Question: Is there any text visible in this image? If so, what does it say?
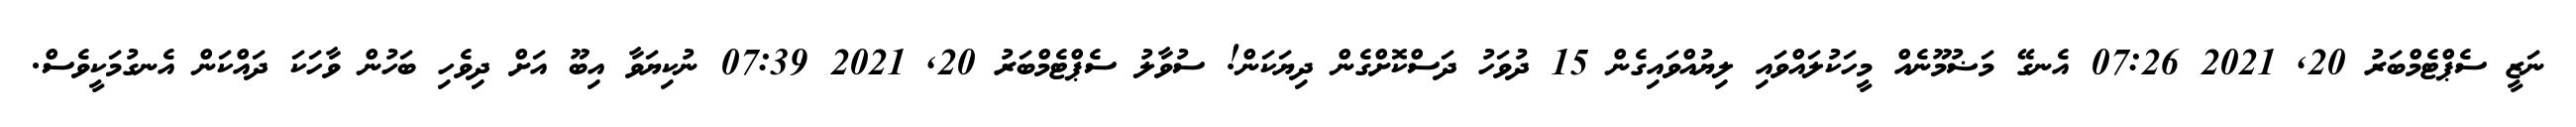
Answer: ނަޒީ ސެޕްޓެމްބަރު 20, 2021 07:26 އެނގޭ މަޟުމޫނެއް މީހަކުލައްވައި ލިޔުއްވައިގެން 15 ދުވަހު ދަސްކޮށްގެން ދިޔަކަން! ސުވާލު ސެޕްޓެމްބަރު 20, 2021 07:39 ނުކިޔަވާ އިބޫ އަށް ދިވެހި ބަހުން ވާހަކަ ދައްކަން އެނގުމަކީވެސް.